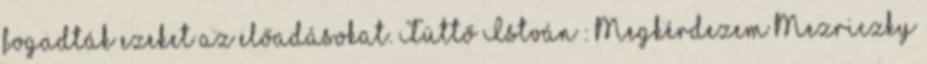
fogadták ezeket az előadásokat. Tüttő István : Megkérdezem Mezriczky